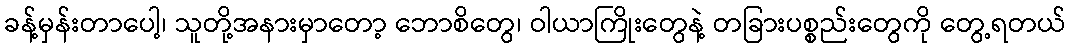
ခန့်မှန်းတာပေါ့၊ သူတို့အနားမှာတော့ ဘောစိတွေ၊ ဝါယာကြိုးတွေနဲ့ တခြားပစ္စည်းတွေကို တွေ့ရတယ်